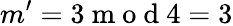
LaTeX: m{'}=3\mathrm{~m~o~d~}4=3